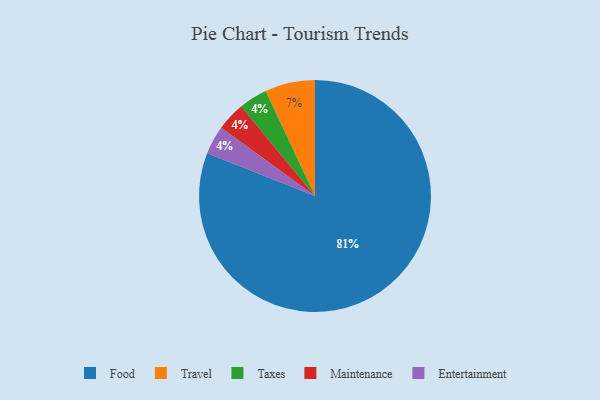
{"axis": {"x": "Category", "y": "Percentage"}, "legend": ["Entertainment", "Food", "Maintenance", "Taxes", "Travel"], "data": [{"x": "Travel", "y": 7, "type": "Travel"}, {"x": "Food", "y": 81, "type": "Food"}, {"x": "Taxes", "y": 4, "type": "Taxes"}, {"x": "Maintenance", "y": 4, "type": "Maintenance"}, {"x": "Entertainment", "y": 4, "type": "Entertainment"}]}